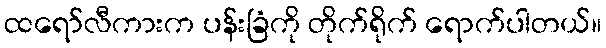
ထရော်လီကားက ပန်းခြံကို တိုက်ရိုက် ရောက်ပါတယ်။